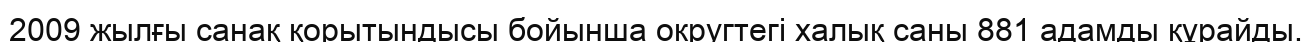
2009 жылғы санақ қорытындысы бойынша округтегі халық саны 881 адамды құрайды.